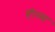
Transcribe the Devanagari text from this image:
होल्म